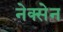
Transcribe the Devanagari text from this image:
नेक्सेन